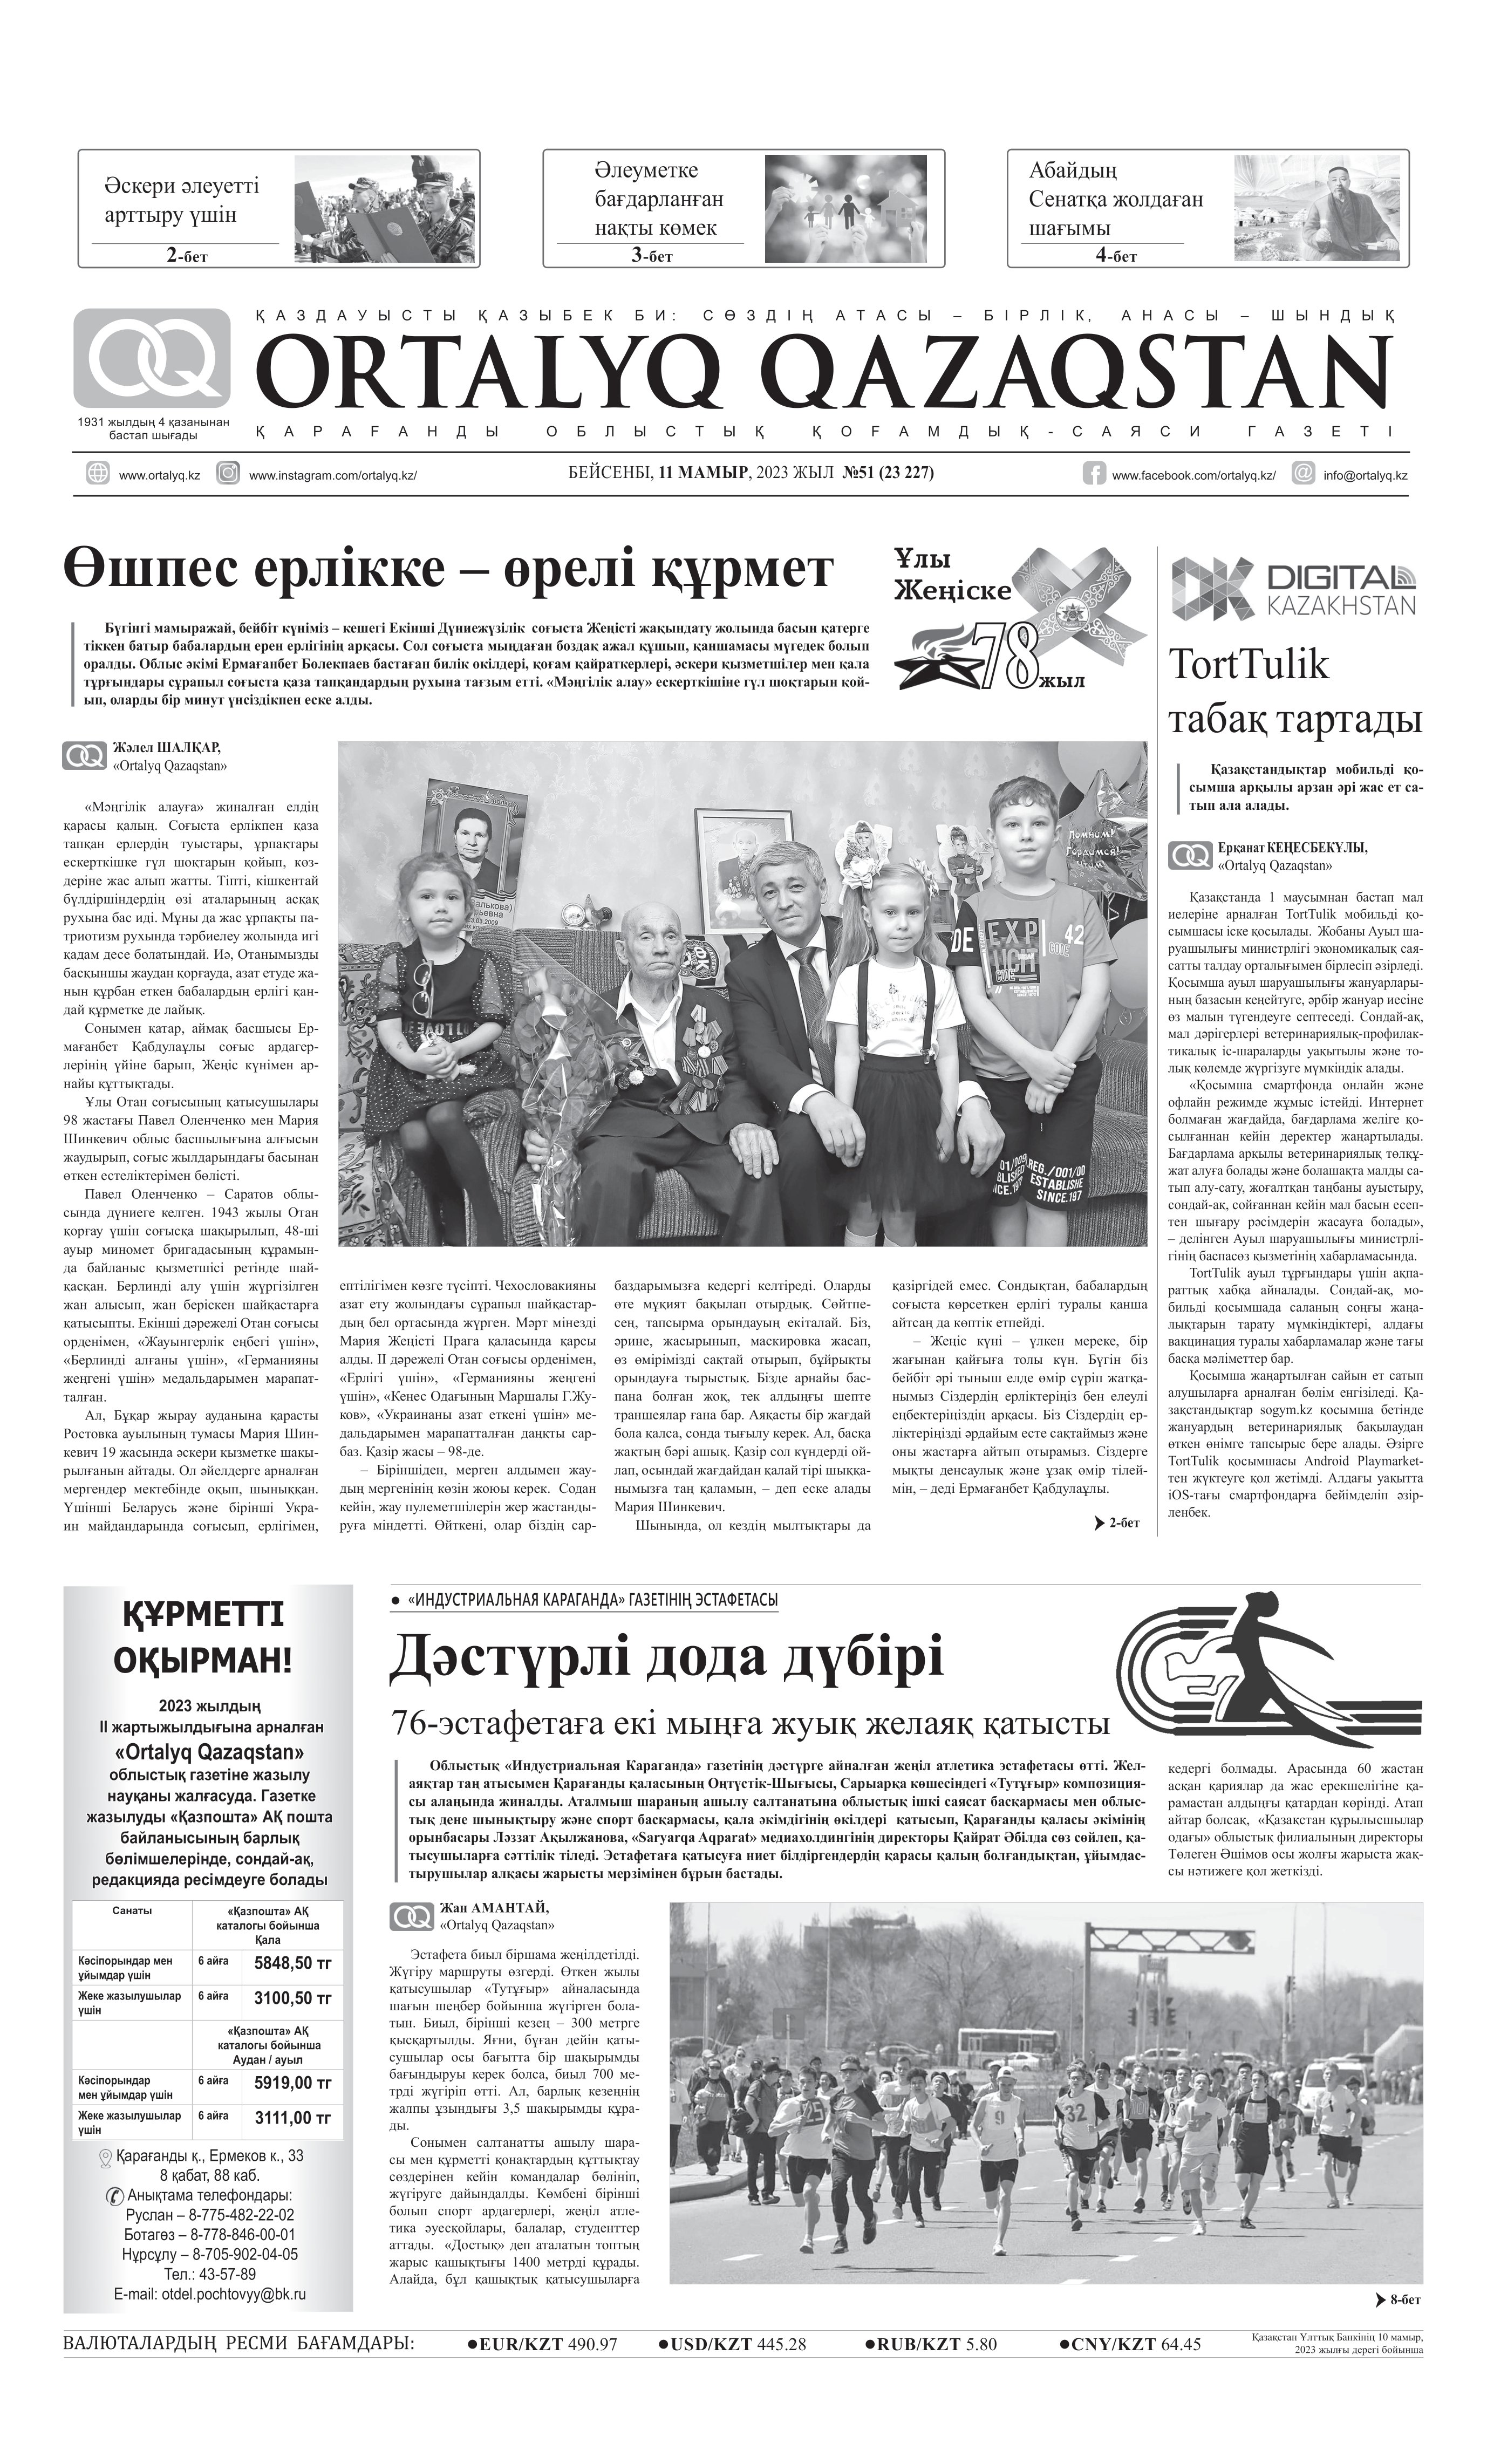
Language: kk